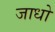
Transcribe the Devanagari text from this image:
जाधो